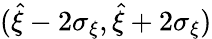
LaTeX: (\hat{\xi}-2\sigma_{\xi},\hat{\xi}+2\sigma_{\xi})